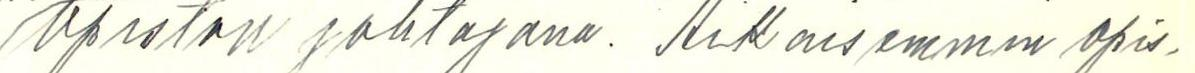
/opiston johtajana. Aikaisemmin opis-